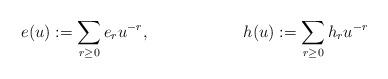
LaTeX: \begin{align*}e(u) &:= \sum_{r \geq 0} e_r u^{-r}, &h(u) &:= \sum_{r \geq 0} h_ru^{-r}\end{align*}